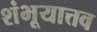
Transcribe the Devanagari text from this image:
शंभूयात्तव